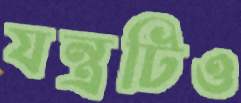
যন্ত্রটিও